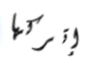
إتركها